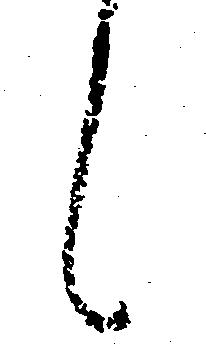
候